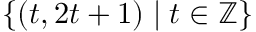
\{ ( t , 2 t + 1 ) \mid t \in \mathbb { Z } \}